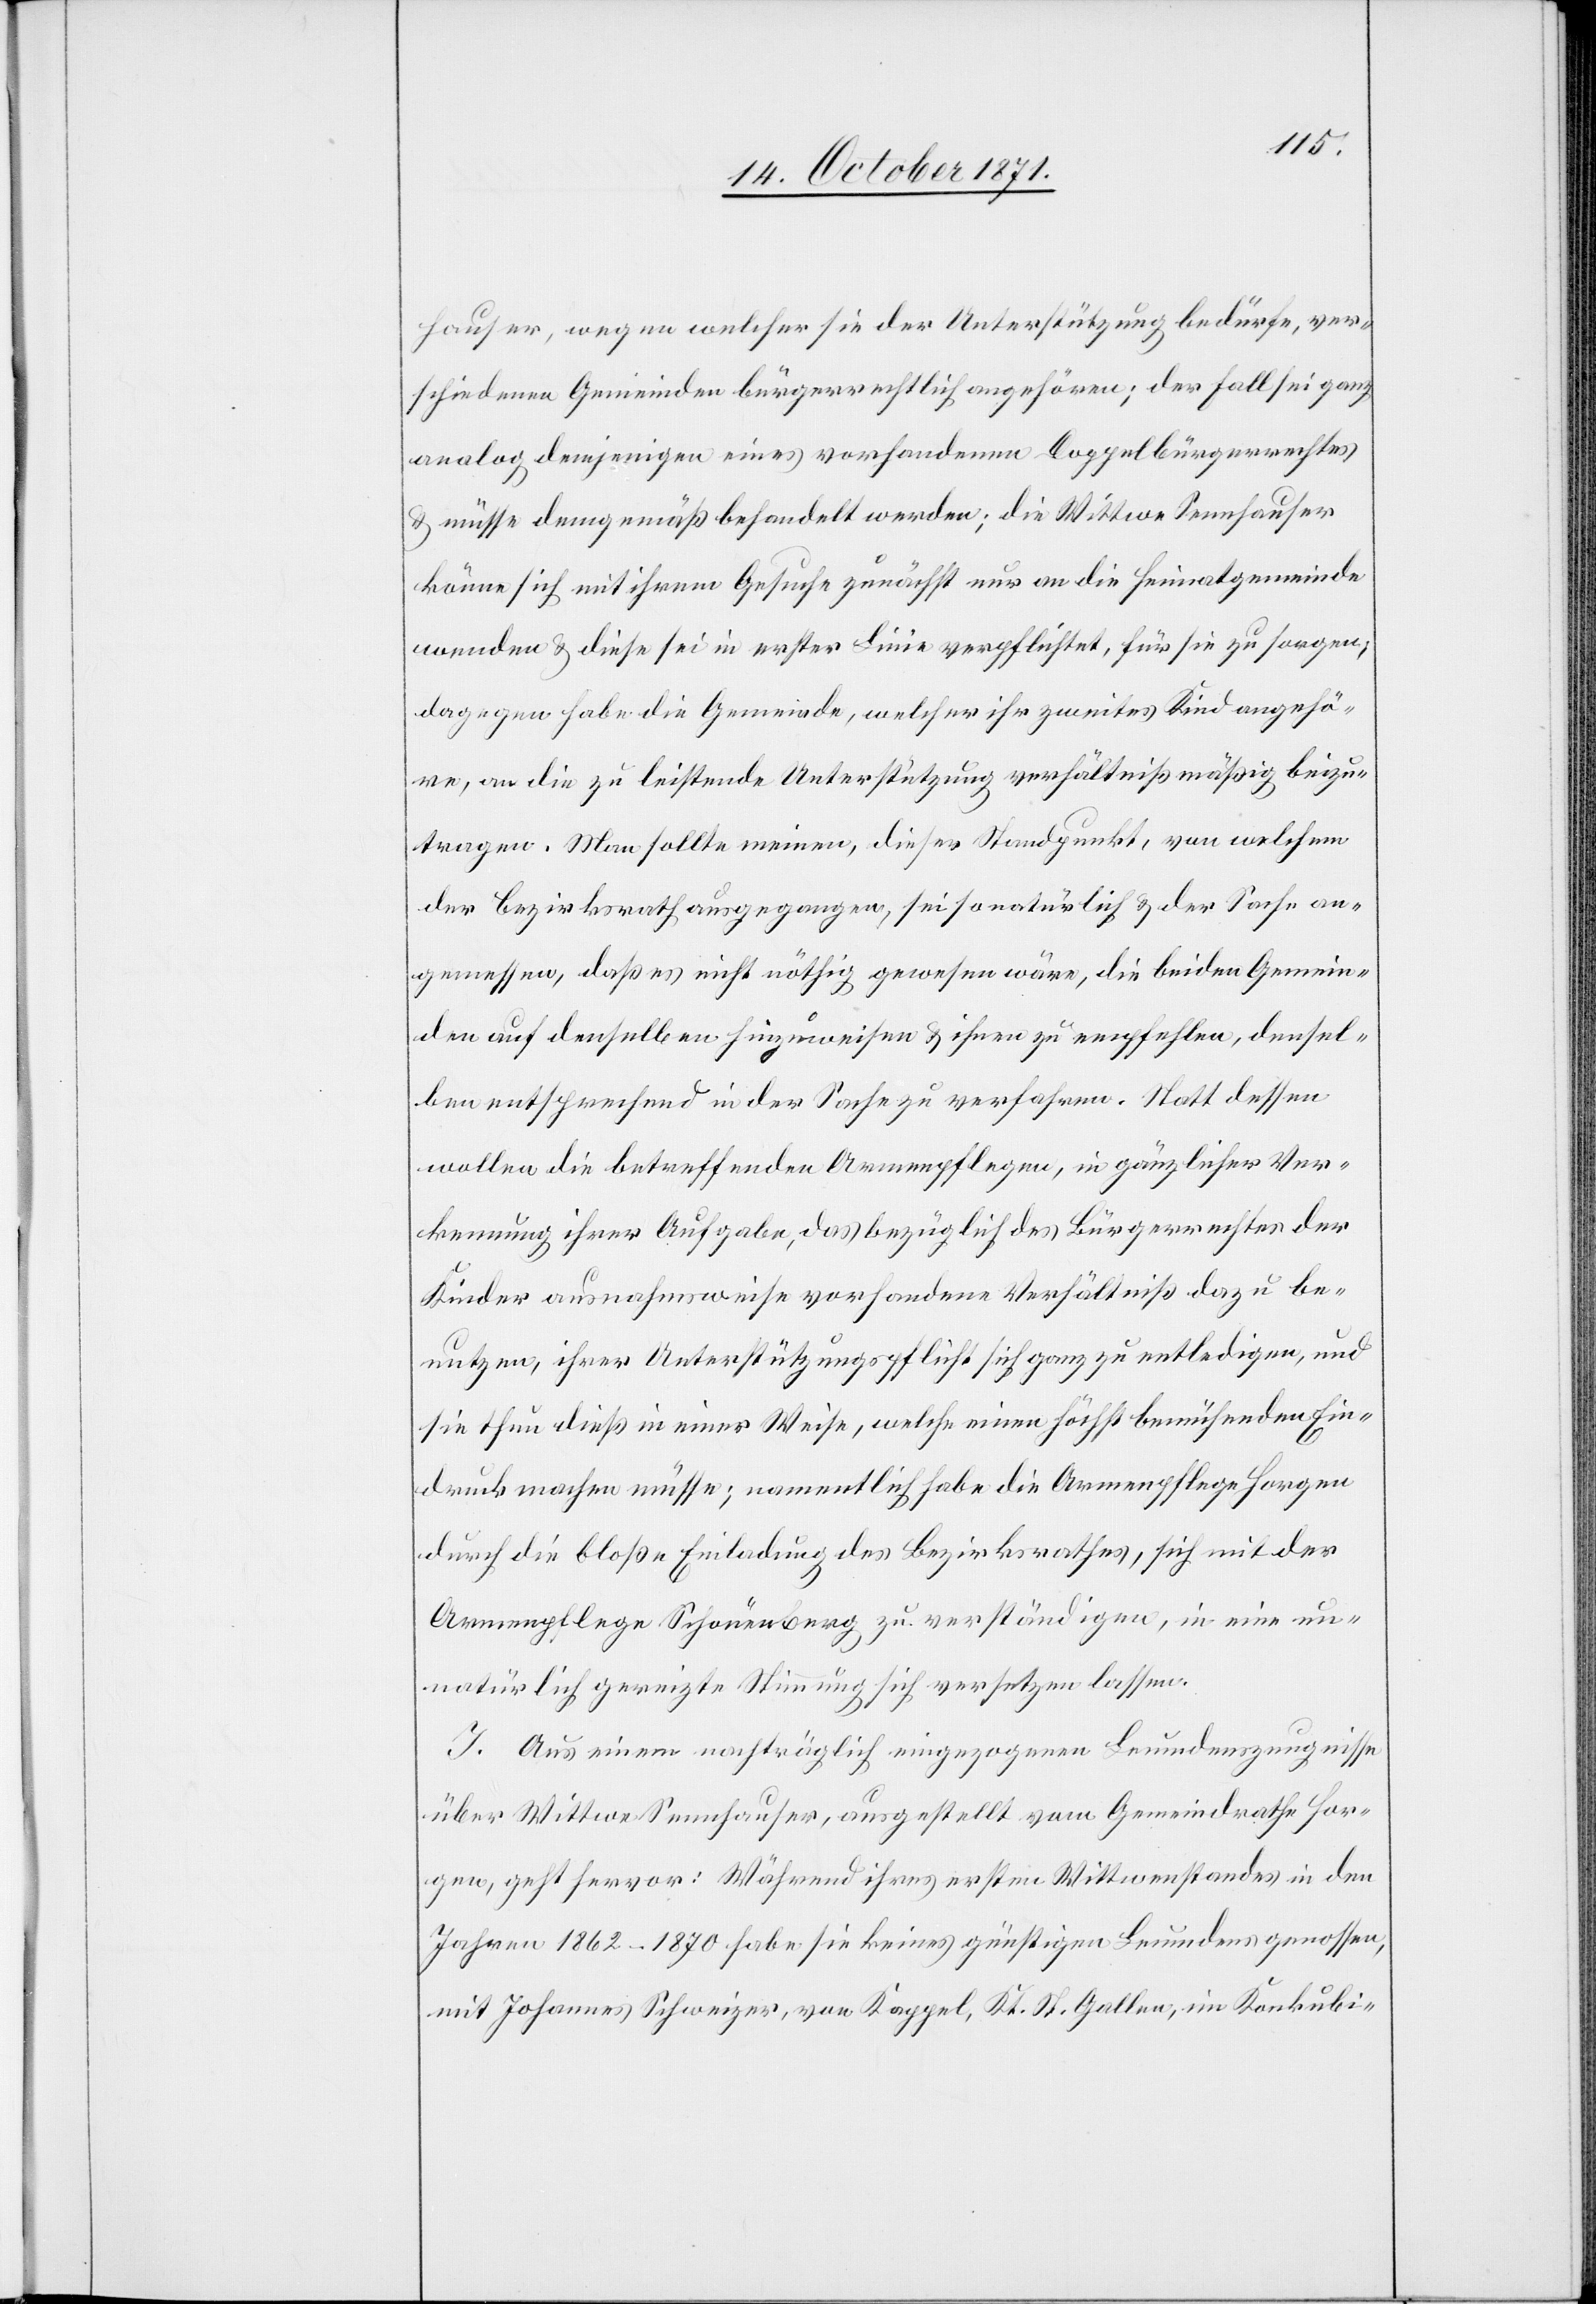
hauser wegen welcher sie der Unterstützung bedürfe, ver¬
schiedenen Gemeinden bürgerrechtlich angehören, der Fall sei ganz
analog demjenigen eines vorhandenen Doppelbürgerrechtes
& müsse demgemäß behandelt werden; die Wittwe Sennhauser
könne sich mit ihrem Gesuche zunächst nur an die Heimatgemeinde
wenden & diese sei in erster Linie verpflichtet, für sie zu sorgen;
dagegen habe die Gemeinde, welcher ihr zweites Kind angehö¬
re, an die zu leistende Unterstützung verhältnißmäßig beizu¬
tragen. Man sollte meinen, dieser Standpunkt, von welchem
der Bezirksrath ausgegangen, sei so natürlich & der Sache an¬
gemessen, daß es nicht nöthig gewesen wäre, die beiden Gemein¬
den auf denselben hinzuweisen & ihnen zu empfehlen, densel¬
ben entsprechend in der Sache zu verfahren. Statt dessen
wollen die betreffenden Armenpflegen, in gänzlicher Ver¬
kennung ihrer Aufgabe, das bezüglich des Bürgerrechtes der
Kinder ausnahmsweise vorhandene Verhältniß dazu be¬
nutzen, ihrer Unterstützungspflicht sich ganz zu entledigen, und
sie thun dieß in einer Weise, welche einen höchst bemühenden Ein¬
druck machen müsse; namentlich habe die Armenpflege Horgen
durch die bloße Einladung des Bezirksrathes, sich mit der
Armenpflege Schönenberg zu verständigen, in eine un¬
natürlich gereizte Stimmung sich versetzen lassen.
J. Aus einem nachträglich eingegangenen Leumdenszeugnisse
über Wittwe Sennhauser, ausgestellt vom Gemeindrathe Hor¬
gen, geht hervor: Während ihres ersten Wittwenstandes in den
Jahren 1862–1870 habe sie keines günstigen Leumdens genossen,
mit Johannes Schweizer, von Kappel, Kt. St. Gallen, im Konkubi-